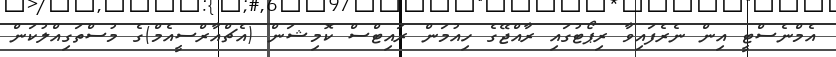
އެމްނެސްޓީ އިން ނެރެފައިވާ ރިޕޯޓުގައި ރާއްޖޭގެ ހިއުމަން ރައިޓްސް ކޮމިޝަން (އެޗްއާރްސީއެމް)ގެ މުސްތަގިއްލުކަން